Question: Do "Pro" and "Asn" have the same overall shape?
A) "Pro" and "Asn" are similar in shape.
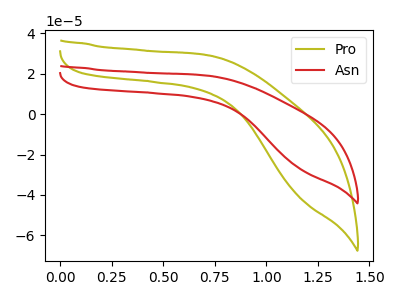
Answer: <think>The olive curve "Pro" has no peaks. The red curve "Asn" has no peaks.
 Neither "Pro" or "Asn" have any peaks.</think>
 <answer>A) "Pro" and "Asn" are similar in shape.</answer>
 <eval>A</eval>